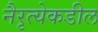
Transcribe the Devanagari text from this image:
नैरृत्येकडील